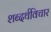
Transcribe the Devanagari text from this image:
शब्दर्थविचार